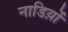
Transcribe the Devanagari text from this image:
नाडिय़ों